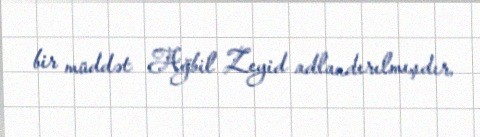
bir müddət Ağbil Zeyid adlandırılmışdır.